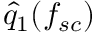
\hat { q } _ { 1 } ( f _ { s c } )